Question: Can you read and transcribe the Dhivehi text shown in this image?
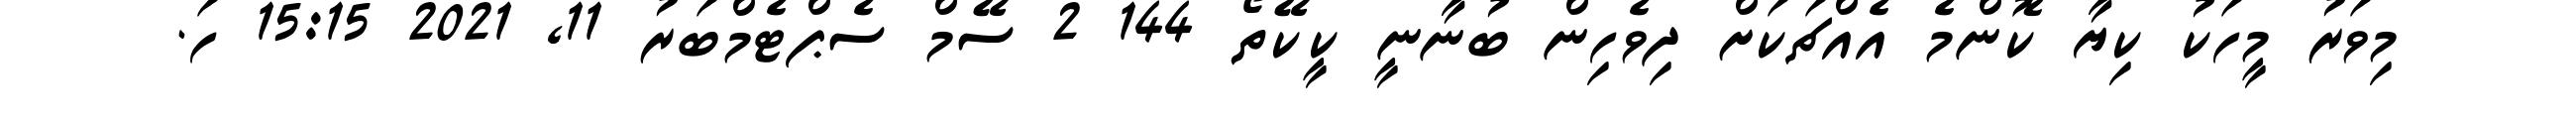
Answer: މިވަރު މީހަކު ކިޔާ ކޮންމެ އެއްޗަކަށް ދިވެހިން ބުނާނީ ކީކޭތޯ 144 2 ސޭމް ސެޕްޓެމްބަރު 11, 2021 15:15 ހަ.